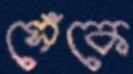
সেঁকে